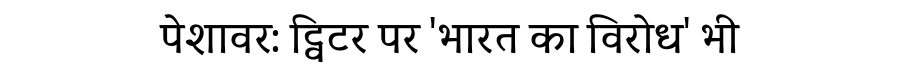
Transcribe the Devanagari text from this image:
पेशावर: ट्विटर पर 'भारत का विरोध' भी